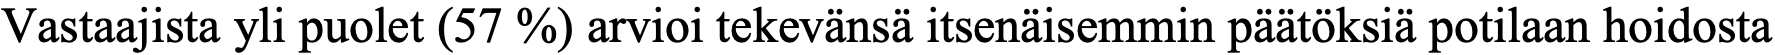
Vastaajista yli puolet (57 %) arvioi tekevänsä itsenäisemmin päätöksiä potilaan hoidosta